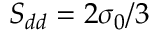
S _ { d d } = 2 \sigma _ { 0 } / 3